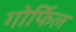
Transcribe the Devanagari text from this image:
गोर्फिल